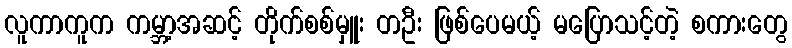
လူကာကူက ကမ္ဘာ့အဆင့် တိုက်စစ်မှူး တဦး ဖြစ်ပေမယ့် မပြောသင့်တဲ့ စကားတွေ